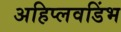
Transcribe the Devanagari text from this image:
अहिप्लवडिंभ